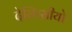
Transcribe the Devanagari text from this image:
देस्पिसीयो